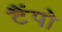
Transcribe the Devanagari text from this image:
टैंपो